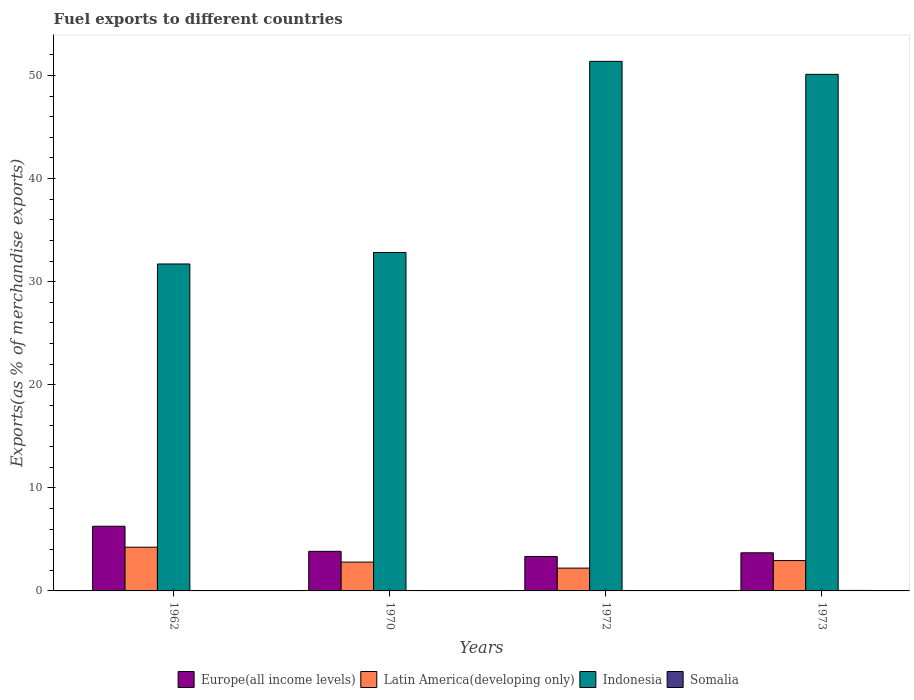
| Years | Europe(all income levels) | Latin America(developing only) | Indonesia | Somalia |
 | --- | --- | --- | --- | --- |
 | 1962 | 6.27 | 4.24 | 31.7 | 0.003 |
 | 1970 | 3.84 | 2.8 | 32.8 | 0.000197 |
 | 1972 | 3.34 | 2.21 | 51.4 | 0.0115 |
 | 1973 | 3.7 | 2.94 | 50.1 | 0.0475 |